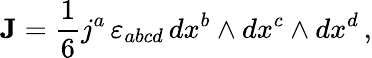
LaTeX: {\textbf{J}}={\frac{1}{6}}j^{a}\, \varepsilon_{abcd}\, dx^{b}\wedge dx^{c}\wedge dx^{d}\, ,